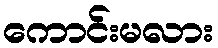
ကောင်းမလား